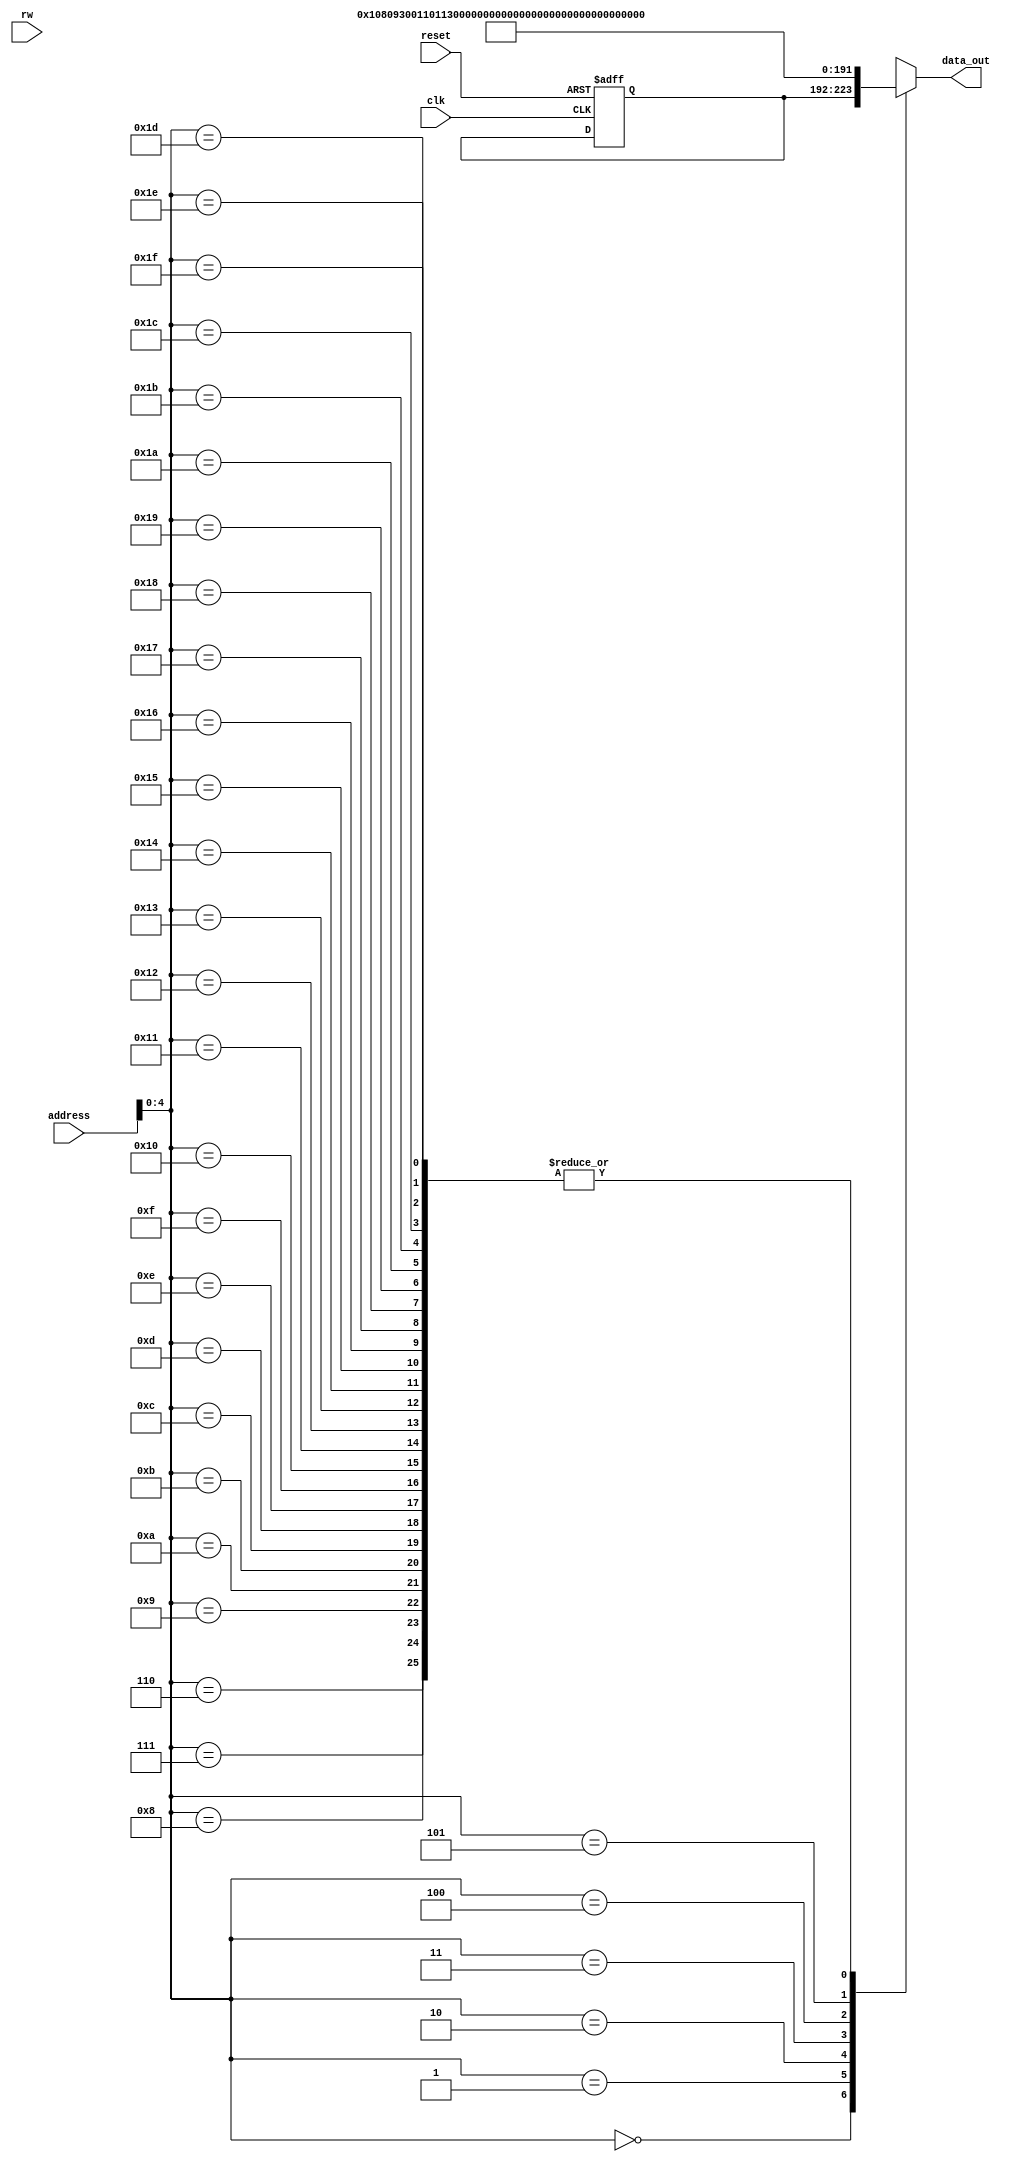
module imem(
   input clk,
   input reset,
   input [31:0] address,
   //input [31:0] data_in,
   input rw,
   output [31:0] data_out
);
   reg [31:0] ins_mem [31:0];
   reg [31:0] data_out_reg;
   reg [7:0] i;
   
   initial begin
      for(i = 0;i<32;i=i+1)
			ins_mem[i] = 32'b0;

      ins_mem[0] = 32'h0;
      ins_mem[1] = 32'h00108093;//addi x1, x1, 1
      ins_mem[2] = 32'h00110113;//addi x2, x2, 1
      ins_mem[3] = 32'h00208133;//add x2, x1, x2
      ins_mem[4] = 32'h002080b3;//add x1, x1, x2
      ins_mem[5] = 32'hffdff1ef;//jal x3, -4
   end
   
   always @ (posedge clk or posedge reset) begin
      if(reset) begin
         ins_mem[0] <= 0;
         data_out_reg <= 0;
      end
      else begin
         if(rw) begin
            //ins_mem[address[4:0]] <= data_in;
            data_out_reg <= 0;
         end
//         else if(rw) begina
//            data_out_reg <= ins_mem[address[4:0]];
//         end
      end
   end
   //assign data_out = ~rw ? ins_mem[address[4:0]] : 0;
	assign data_out = ins_mem[address[4:0]];
endmodule